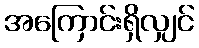
အကြောင်းရှိလျှင်